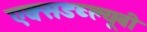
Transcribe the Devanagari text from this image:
एक्सडब्ल्यूबी